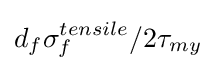
d_{f}\sigma _{f}^{tensile}/2\tau _{my}